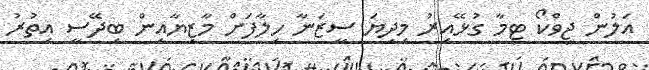
އަލުން ޖިވްކޯ ޓީމާ ގުޅޭއިރު މިދިޔަ ސީޒަނާ ހިލާފަށް މާޒިޔާއިން ބިދޭސީ އިތުރު